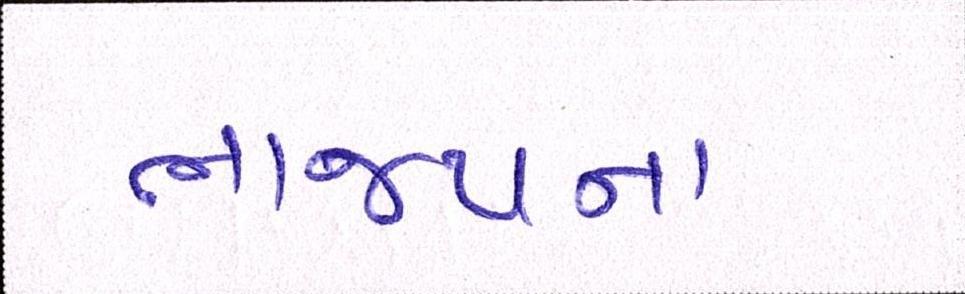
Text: ભાજપના